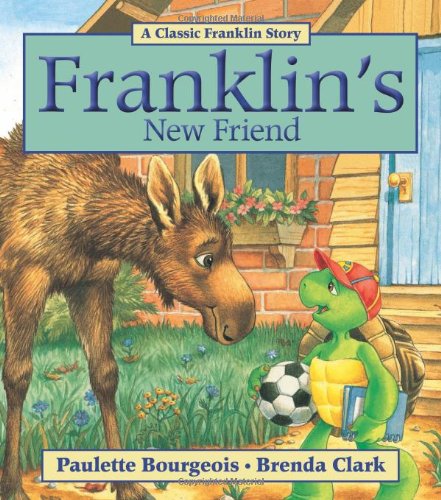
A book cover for Franklin's New Friend; Paulette Bourgeois; Children's Books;